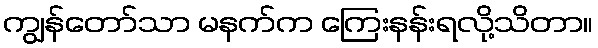
ကျွန်တော်သာ မနက်က ကြေးနန်းရလို့သိတာ။